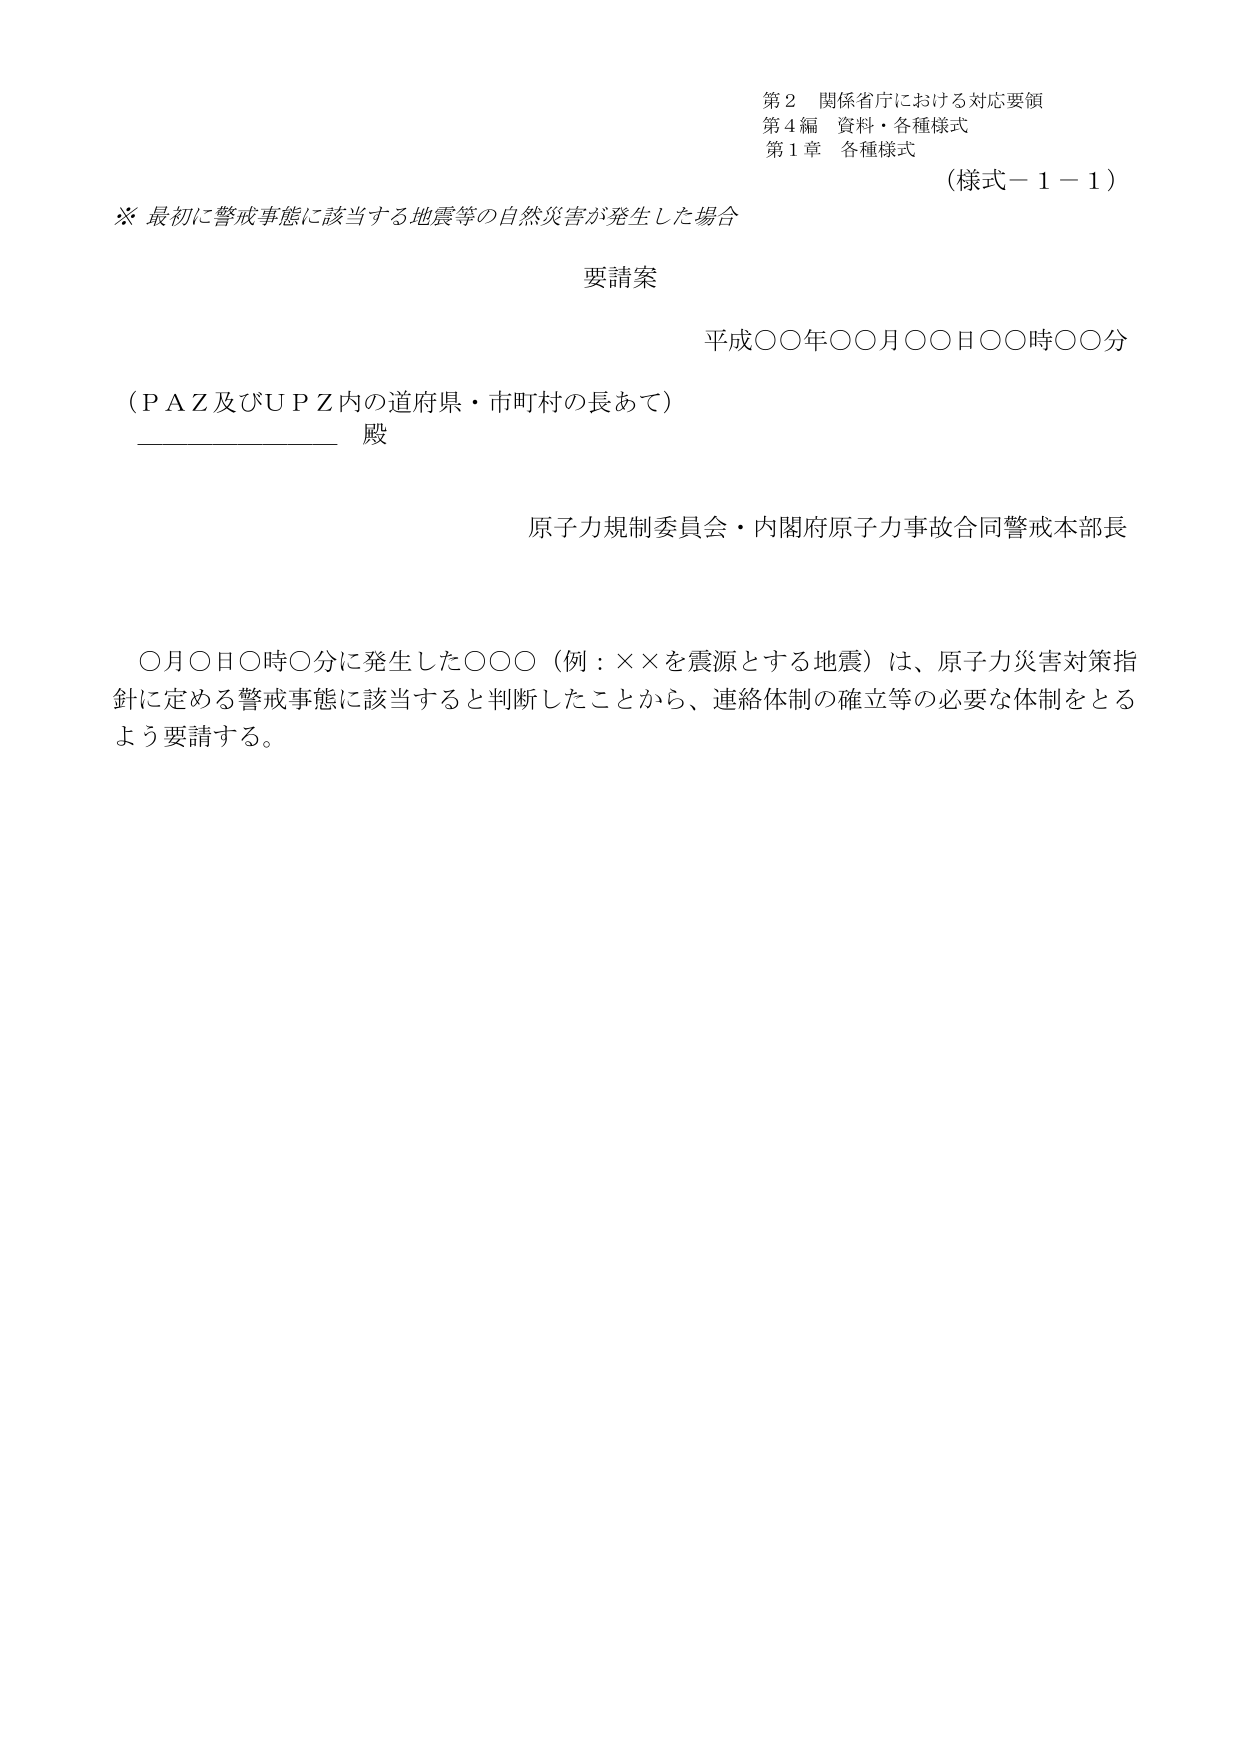
第２ 関係省庁における対応要領
第４編 資料・各種様式
第１章 各種様式
（様式－１－１）

※ 最初に警戒事態に該当する地震等の自然災害が発生した場合

要請案

平成〇〇年〇〇月〇〇日〇〇時〇〇分

（ＰＡＺ及びＵＰＺ内の道府県・市町村の長あて）
__________ 殿

原子力規制委員会・内閣府原子力事故合同警戒本部長

〇月〇日〇時〇分に発生した〇〇〇（例：××を震源とする地震）は、原子力災害対策指針に定める警戒事態に該当すると判断したことから、連絡体制の確立等の必要な体制をとるよう要請する。